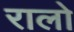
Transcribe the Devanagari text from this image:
रालो